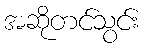
အဆိုတင်သွင်း